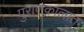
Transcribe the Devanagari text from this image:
पुराणकालात